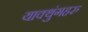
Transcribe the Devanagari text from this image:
याक्थुंगहरु